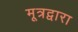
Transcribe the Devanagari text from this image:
मूत्रद्वारा